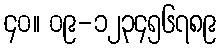
၄၀။ ၀၉-၁၂၃၄၅၆၇၈၉